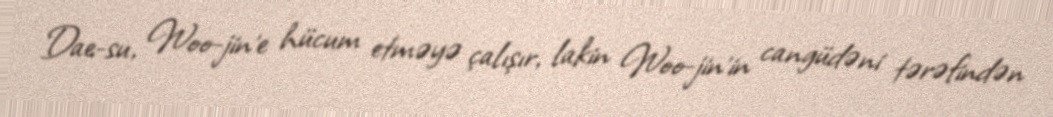
Dae-su, Woo-jin'e hücum etməyə çalışır, lakin Woo-jin'in cangüdəni tərəfindən